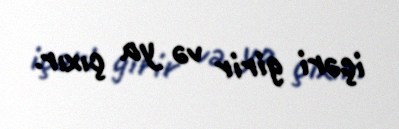
içəri girir və ya çıxır.